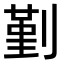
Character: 𠞱